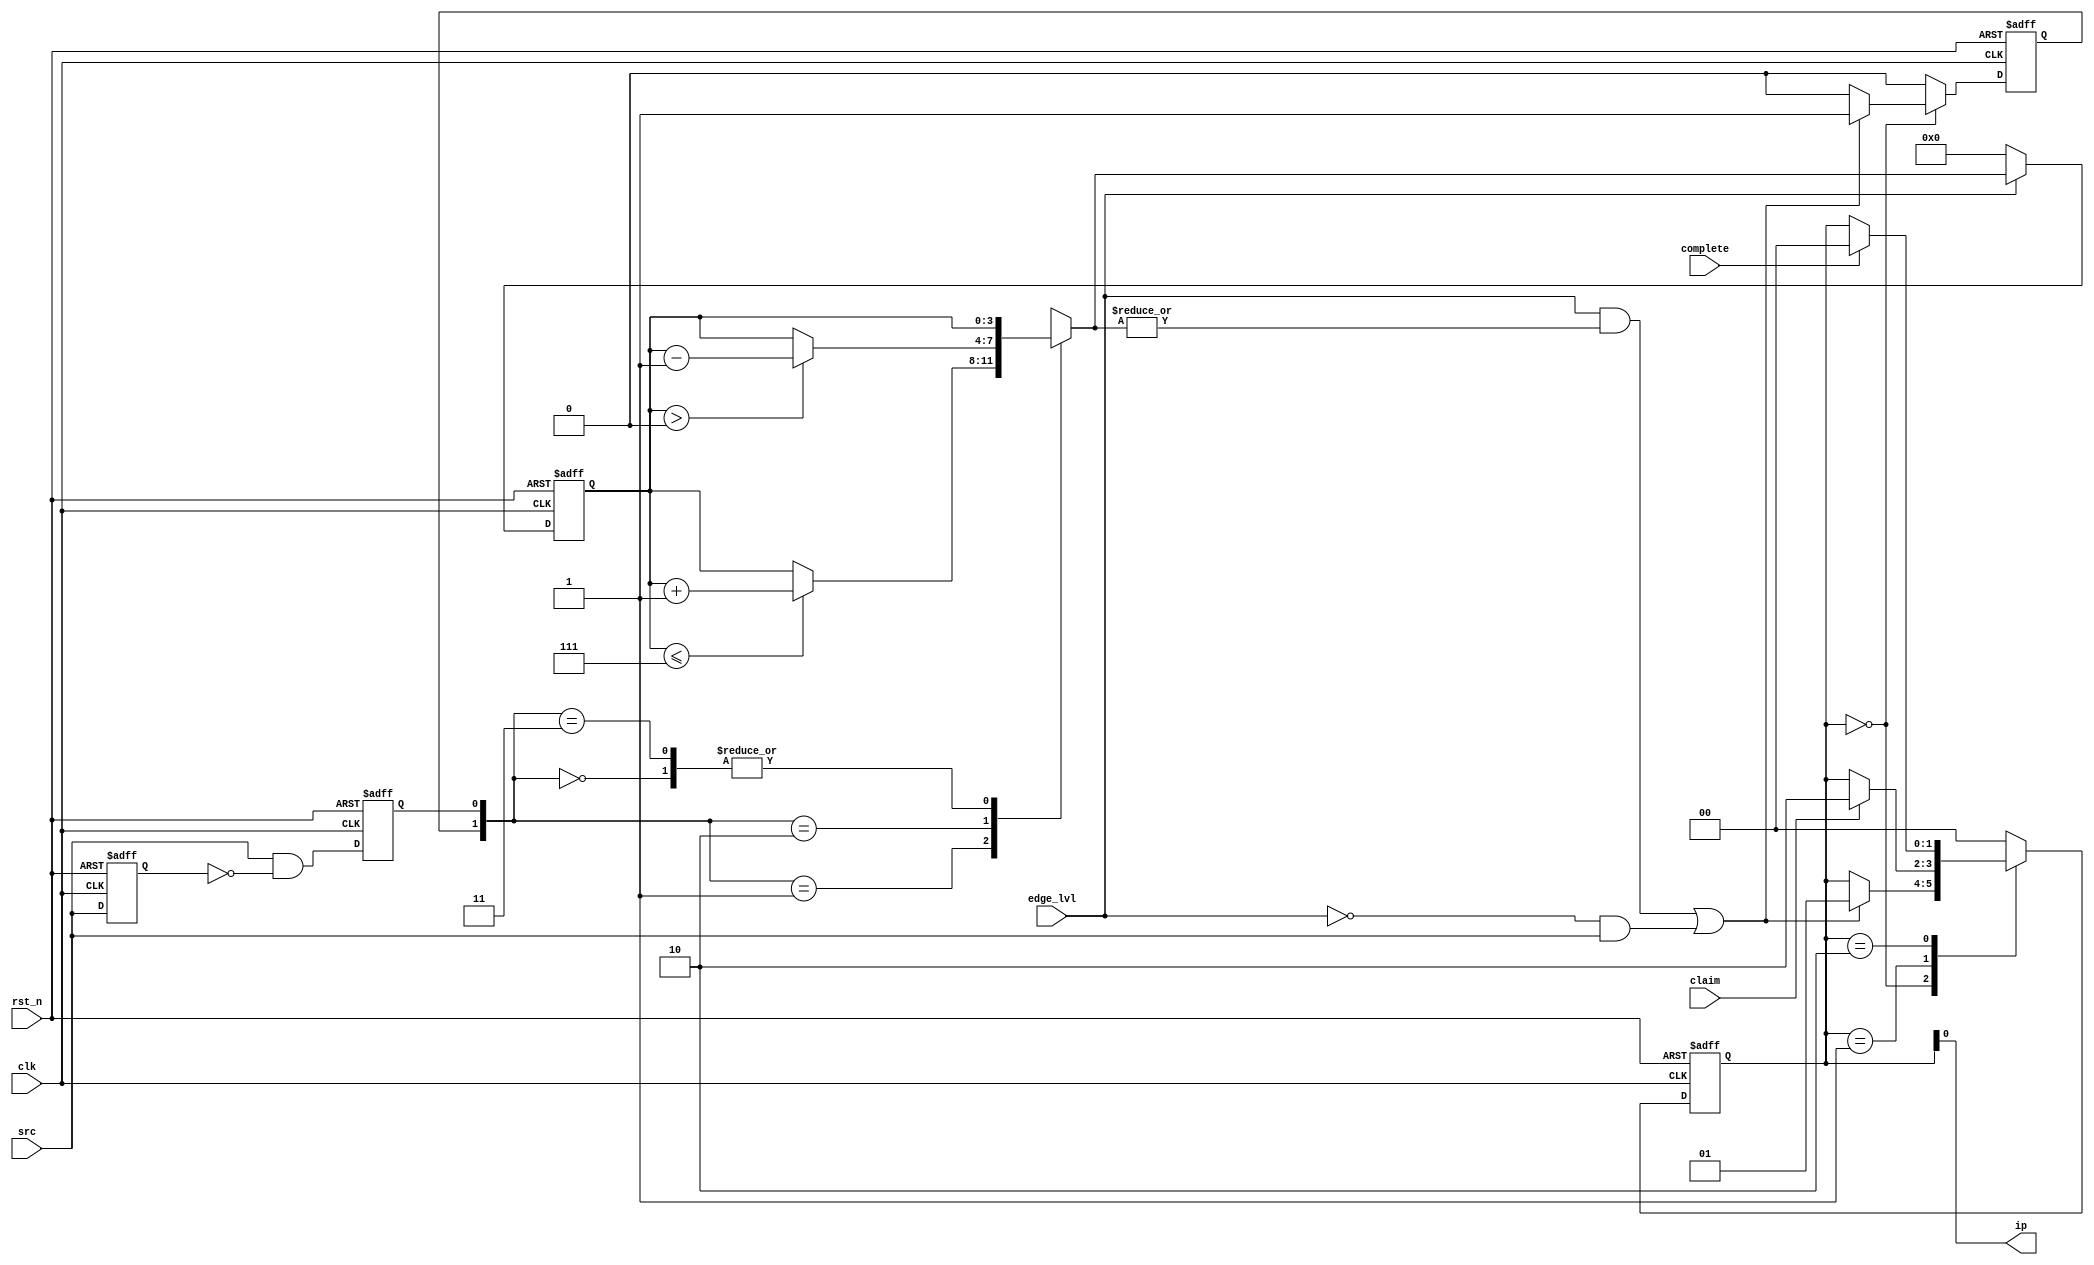

module gateway 
(input rst_n,
input clk,
input src,
input edge_lvl,
input claim,
input complete,
output ip
);
parameter LEVEL =1'b0;
parameter EDGE  =1'b1;
reg src_dly,src_edge;
reg [3:0]nxt_pending_cnt,pending_cnt;
reg decr_pending;
reg [1:0]ip_state;

always@(posedge clk or negedge rst_n)
	if(!rst_n)
	begin
		src_dly<=1'b0;
		src_edge<=1'b0;
	end
	else
	begin
		src_dly <=src;
		src_edge<=src & ~src_dly;
	end


always@*
	case({decr_pending,src_edge})
		2'b00:nxt_pending_cnt=pending_cnt;
		2'b01:if(pending_cnt<=3'd7)
				nxt_pending_cnt=pending_cnt+1'b1;
				else
				nxt_pending_cnt=pending_cnt;
		2'b10:if(pending_cnt>0)
				nxt_pending_cnt=pending_cnt-1'b1;
				else
				nxt_pending_cnt=pending_cnt;
		2'b11: nxt_pending_cnt=pending_cnt;
		default:nxt_pending_cnt=pending_cnt;
	endcase

always@(posedge clk or negedge rst_n)
	if(!rst_n) pending_cnt<=3'b0;
	else if(edge_lvl != EDGE)pending_cnt<=3'b0;
	else pending_cnt<=nxt_pending_cnt;
	
always@(posedge clk or negedge rst_n)
	if(!rst_n)
		begin
			ip_state<=2'b00;
			decr_pending<=1'b0;
		end
	else
		begin
			decr_pending<=1'b0;
			case(ip_state)
			2'b00:if ((edge_lvl == EDGE  && |nxt_pending_cnt) ||
                       (edge_lvl == LEVEL && src             ))
				begin
					ip_state<=2'b01;
					decr_pending<=1'b1;
				end
			2'b01  : if (claim   ) ip_state <= 2'b10;
			2'b10  : if (complete) ip_state <= 2'b00;
			 default: ip_state <= 2'b00;
			 endcase
		end

assign ip =ip_state[0];
endmodule